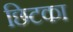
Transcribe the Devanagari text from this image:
छिटका